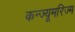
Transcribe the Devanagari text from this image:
कन्ज्यूमरिज्म